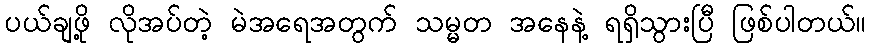
ပယ်ချဖို့ လိုအပ်တဲ့ မဲအရေအတွက် သမ္မတ အနေနဲ့ ရရှိသွားပြီ ဖြစ်ပါတယ်။